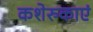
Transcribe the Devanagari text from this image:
कशेरुकाएं